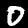
Digit: 0